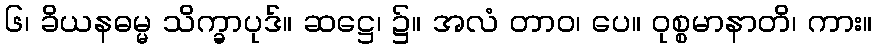
၆၊ ခိယနဓမ္မ သိက္ခာပုဒ်။ ဆဋ္ဌေ၊ ၌။ အလံ တာဝ၊ ပေ။ ဝုစ္စမာနာတိ၊ ကား။